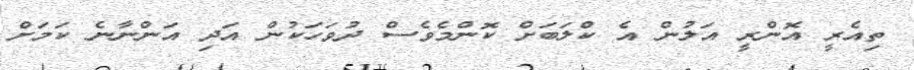
ތިއެރީ އޮންރީ އަލުން އެ ކްލަބަށް ކޮންމެވެސް ދުވަހަކުން އަދި އަންނާނެ ކަމަށް